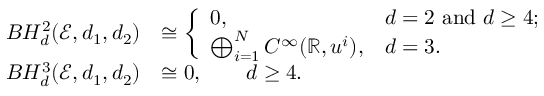
\begin{array} { r l } { B H _ { d } ^ { 2 } ( \mathcal { E } , d _ { 1 } , d _ { 2 } ) } & { \cong \left\{ \begin{array} { l l } { 0 , } & { d = 2 \mathrm { ~ a n d ~ } d \geq 4 ; } \\ { \bigoplus _ { i = 1 } ^ { N } C ^ { \infty } ( \mathbb { R } , u ^ { i } ) , } & { d = 3 . } \end{array} \right. } \\ { B H _ { d } ^ { 3 } ( \mathcal { E } , d _ { 1 } , d _ { 2 } ) } & { \cong 0 , \qquad d \geq 4 . } \end{array}